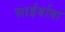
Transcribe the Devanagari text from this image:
साईर्बाबा